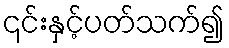
၎င်းနှင့်ပတ်သက်၍